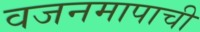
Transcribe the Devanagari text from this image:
वजनमापाची